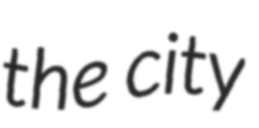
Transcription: the city